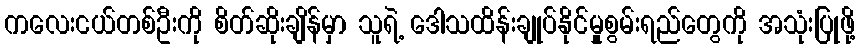
ကလေးငယ်တစ်ဦးကို စိတ်ဆိုးချိန်မှာ သူရဲ့ ဒေါသထိန်းချုပ်နိုင်မှုုစွမ်းရည်တွေကို အသုံးပြုဖို့